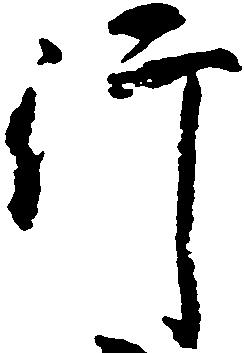
行